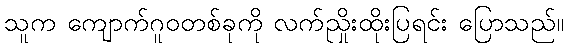
သူက ကျောက်ဂူဝတစ်ခုကို လက်ညှိုးထိုးပြရင်း ပြောသည်။